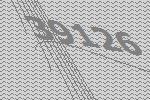
39126